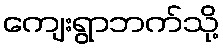
ကျေးရွာဘက်သို့